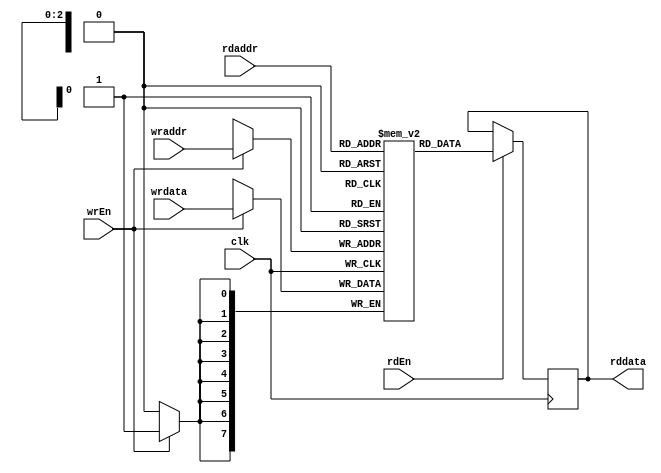
`timescale 1ns / 1ps
//////////////////////////////////////////////////////////////////////////////////
// Company: 
// Engineer: 
// 
// Design Name: 
// Module Name: RAM
// Project Name: 
// Target Devices: 
// Tool Versions: 
// Description: 
// 
// Dependencies: 
// 
// Revision:
// Revision 0.01 - File Created
// Additional Comments:
// 
//////////////////////////////////////////////////////////////////////////////////


module RAM #(parameter WIDTH = 8, DEPTH = 8)
    (input clk,
     input wrEn, rdEn,
     input [$clog2(DEPTH)-1:0] wraddr, rdaddr,
     input [WIDTH-1:0] wrdata, 
     output reg [WIDTH-1:0] rddata
    );
    
    reg [WIDTH -1:0] mem [DEPTH-1:0];
    
    always@(posedge clk) begin
        if(wrEn)
            mem[wraddr] <=wrdata;
    end
    
    always@(posedge clk) begin
        if(rdEn)
            rddata <= mem[rdaddr];
    end
    
endmodule